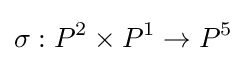
\sigma :P^{2}\times P^{1}\to P^{5}